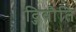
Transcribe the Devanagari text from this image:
द्जिबौति